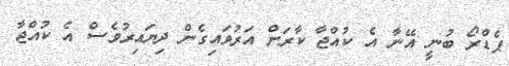
ޕެޑްރޯ ބުނީ އޭނާ އެ ކުއްޖާ ކާރަށް އަރުވައިގެން ދިޔައިރުވެސް އެ ކުއްޖާ